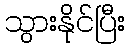
သွားနိုင်ပြီး